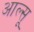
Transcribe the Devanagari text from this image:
आल्सू